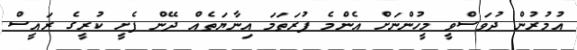
އުމުރުން ދުވަސްވީ މީހުންނަށް އެންމެ ފުރަތަމަ އިނާޔަތެއް ދޭން ފެށީ ކުރީގެ ރައީސް